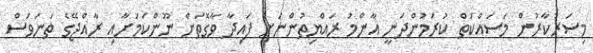
މިސަރުކާރުން މަސައްކަތް ކުރަމުންދަނީ އާންމު ރައްޔިތުންނަށް ފައިދާ ވާގޮތަށް ނޫންކަމަށާއި ރާއްޖޭގެ ތަނަވަސް